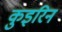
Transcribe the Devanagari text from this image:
कुइरिन